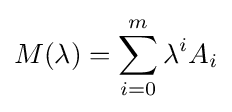
M(\lambda )=\sum _{i=0}^{m}\lambda ^{i}A_{i}